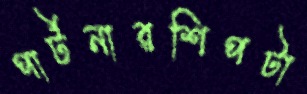
পার্টনারশিপটা